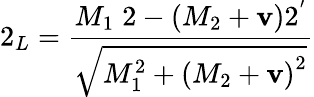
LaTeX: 2_{L}=\frac{M_{1}\; 2-\left(M_{2}+{\mathbf v}\right)2^{'}}{\sqrt{M_{1}^{2}+\left(M_{2}+{\mathbf v}\right)^{2}}}